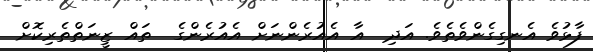
ފާޅުވެ އެނގިގެންވެތެވެ. އަދި  އާ އެއުރެންނަށް އެއުރެންގެ  ތައް ޒީނަތްތެރިކޮށް